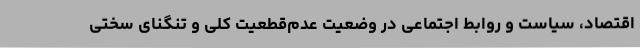
اقتصاد، سیاست و روابط اجتماعی در وضعیت عدم‌قطعیت کلی و تنگنای سختی